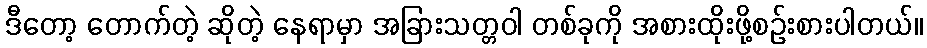
ဒီတော့ တောက်တဲ့ ဆိုတဲ့ နေရာမှာ အခြားသတ္တဝါ တစ်ခုကို အစားထိုးဖို့စဉ်းစားပါတယ်။